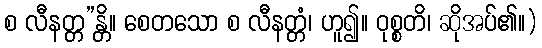
စ လီနတ္တ”န္တိ။ စေတသော စ လီနတ္တံ၊ ဟူ၍။ ဝုစ္စတိ၊ ဆိုအပ်၏။)